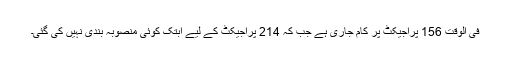
فی الوقت 156 پراجیکٹ پر کام جاری ہے جب کہ 214 پراجیکٹ کے لیے ابتک کوئی منصوبہ بندی نہیں کی گئی۔